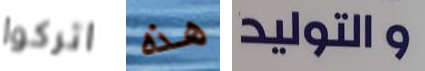
اتركوا هذه والتوليد